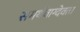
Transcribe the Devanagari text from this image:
समर्थवाग्देवता